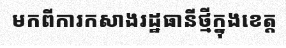
មកពីការកសាងរដ្ឋធានីថ្មីក្នុងខេត្ត